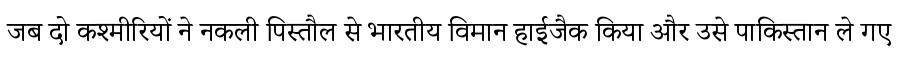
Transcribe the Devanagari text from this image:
जब दो कश्मीरियों ने नकली पिस्तौल से भारतीय विमान हाईजैक किया और उसे पाकिस्तान ले गए